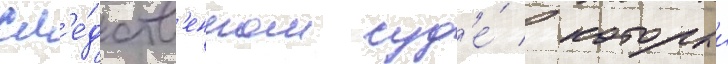
сл'е́дств'енном суд'е́ / которыи